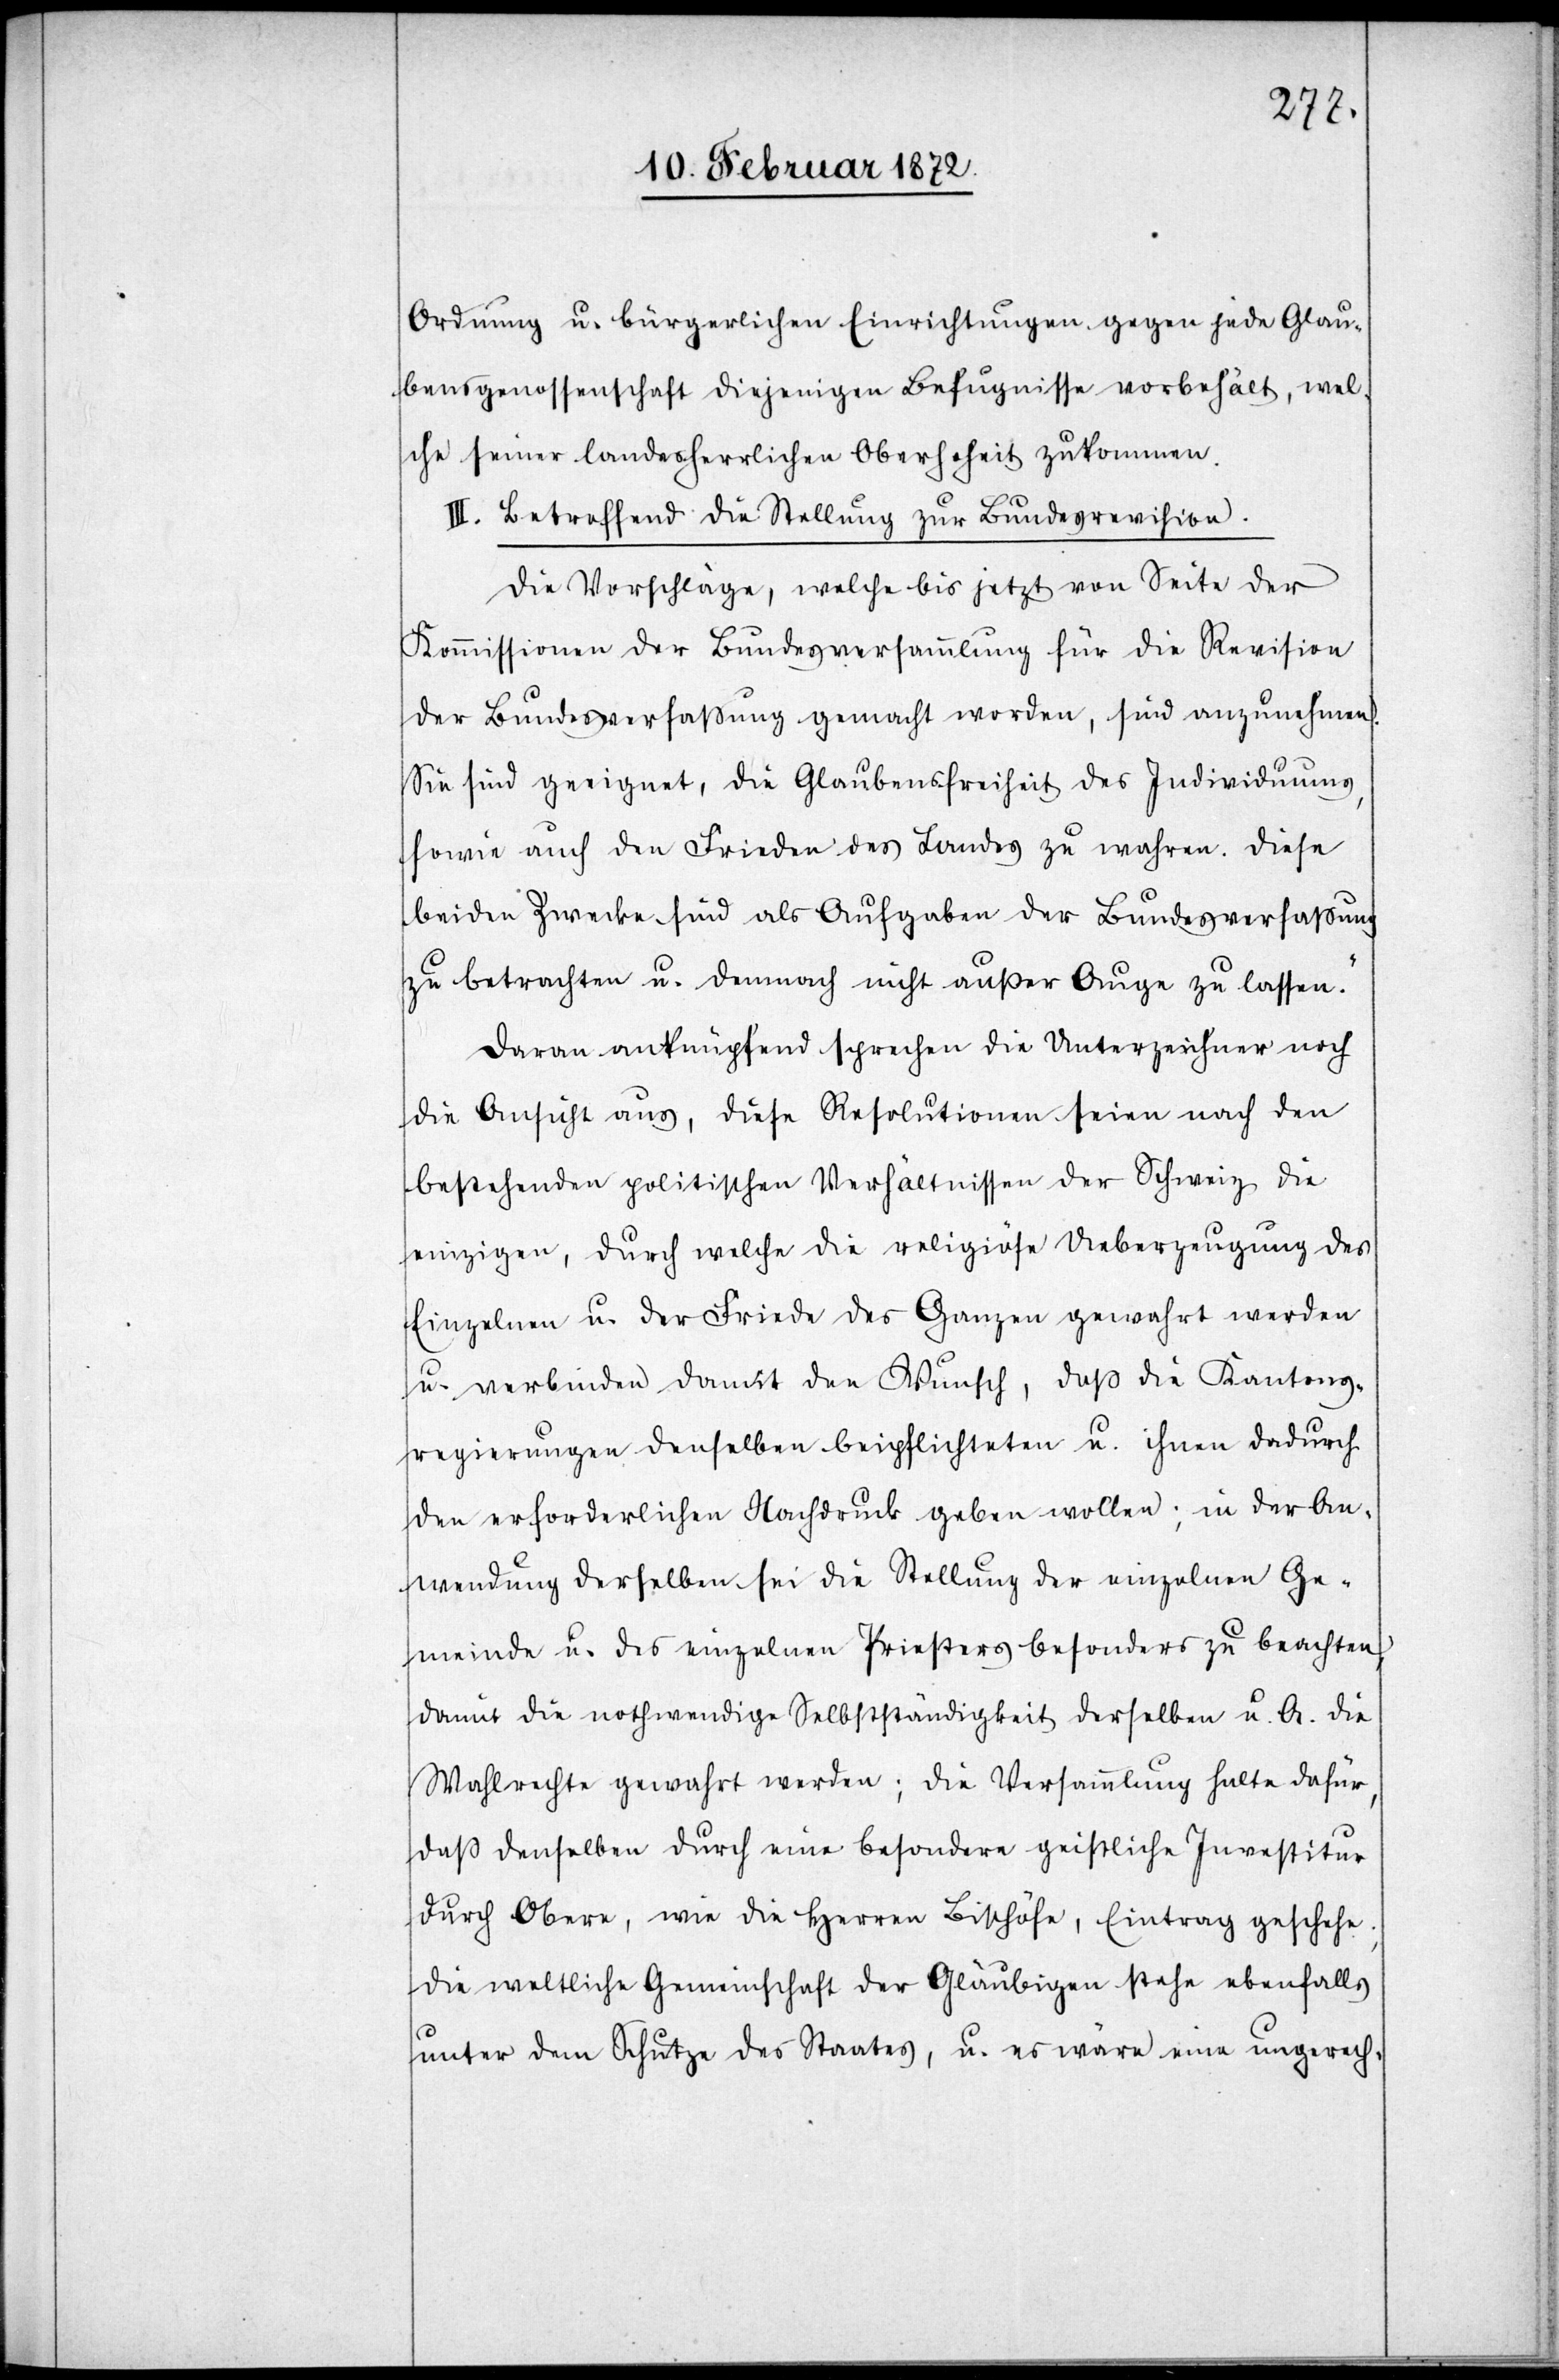
Ordnung u. bürgerlichen Einrichtungen gegen jede Glau¬
bensgenossenschaft diejenigen Befugnisse vorbehält, wel¬
che seiner landesherrlichen Oberhoheit zukommen.
III. Betreffend die Stellung zur Bundesrevision.
Die Vorschläge, welche bis jetzt von Seite der
Kommissionen der Bundesversammlung für die Revision
der Bundesverfassung gemacht worden, sind anzunehmen.
Sie sind geeignet, die Glaubensfreiheit des Individuums,
sowie auch den Frieden des Landes zu wahren. Diese
beiden Zwecke sind als Aufgaben der Bundesverfassung
zu betrachten u. demnach nicht außer Auge zu lassen.“
Daran anknüpfend sprechen die Unterzeichner noch
die Ansicht aus, diese Resolutionen seien nach den
bestehenden politischen Verhältnissen der Schweiz die
einzigen, durch welche die religiöse Ueberzeugung des
Einzelnen u. der Friede des Ganzen gewahrt werden
u. verbinden damit den Wunsch, daß die Kantons¬
regierungen denselben beipflichteten u. ihnen dadurch
den erforderliche Nachdruck geben wollen; in der An¬
wendung derselben sei die Stellung der einzelnen Ge¬
meinde u. des einzelnen Priesters besonders zu beachten,
damit die nothwendige Selbstständigkeit derselben u. A. die
Wahlrechte gewahrt werden; die Versammlung halte dafür,
daß denselben durch eine besondere geistliche Investitur
durch Obere, wie die Herren Bischöfe, Eintrag geschehe.
Die weltliche Gemeinschaft der Gläubigen stehe ebenfalls
unter dem Schutze des Staates, u. es wäre eine ungerech-